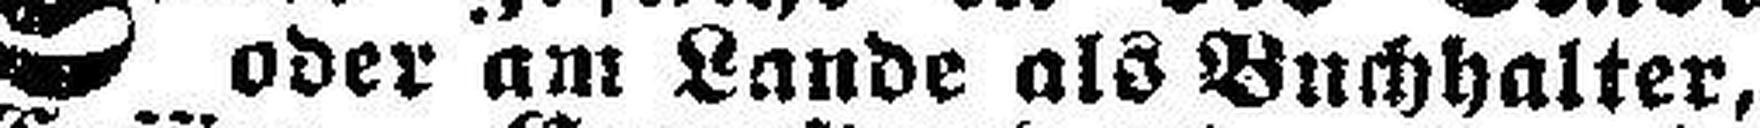
oder am Lande als Buchhalter,